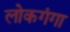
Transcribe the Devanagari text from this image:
लोकगंगा